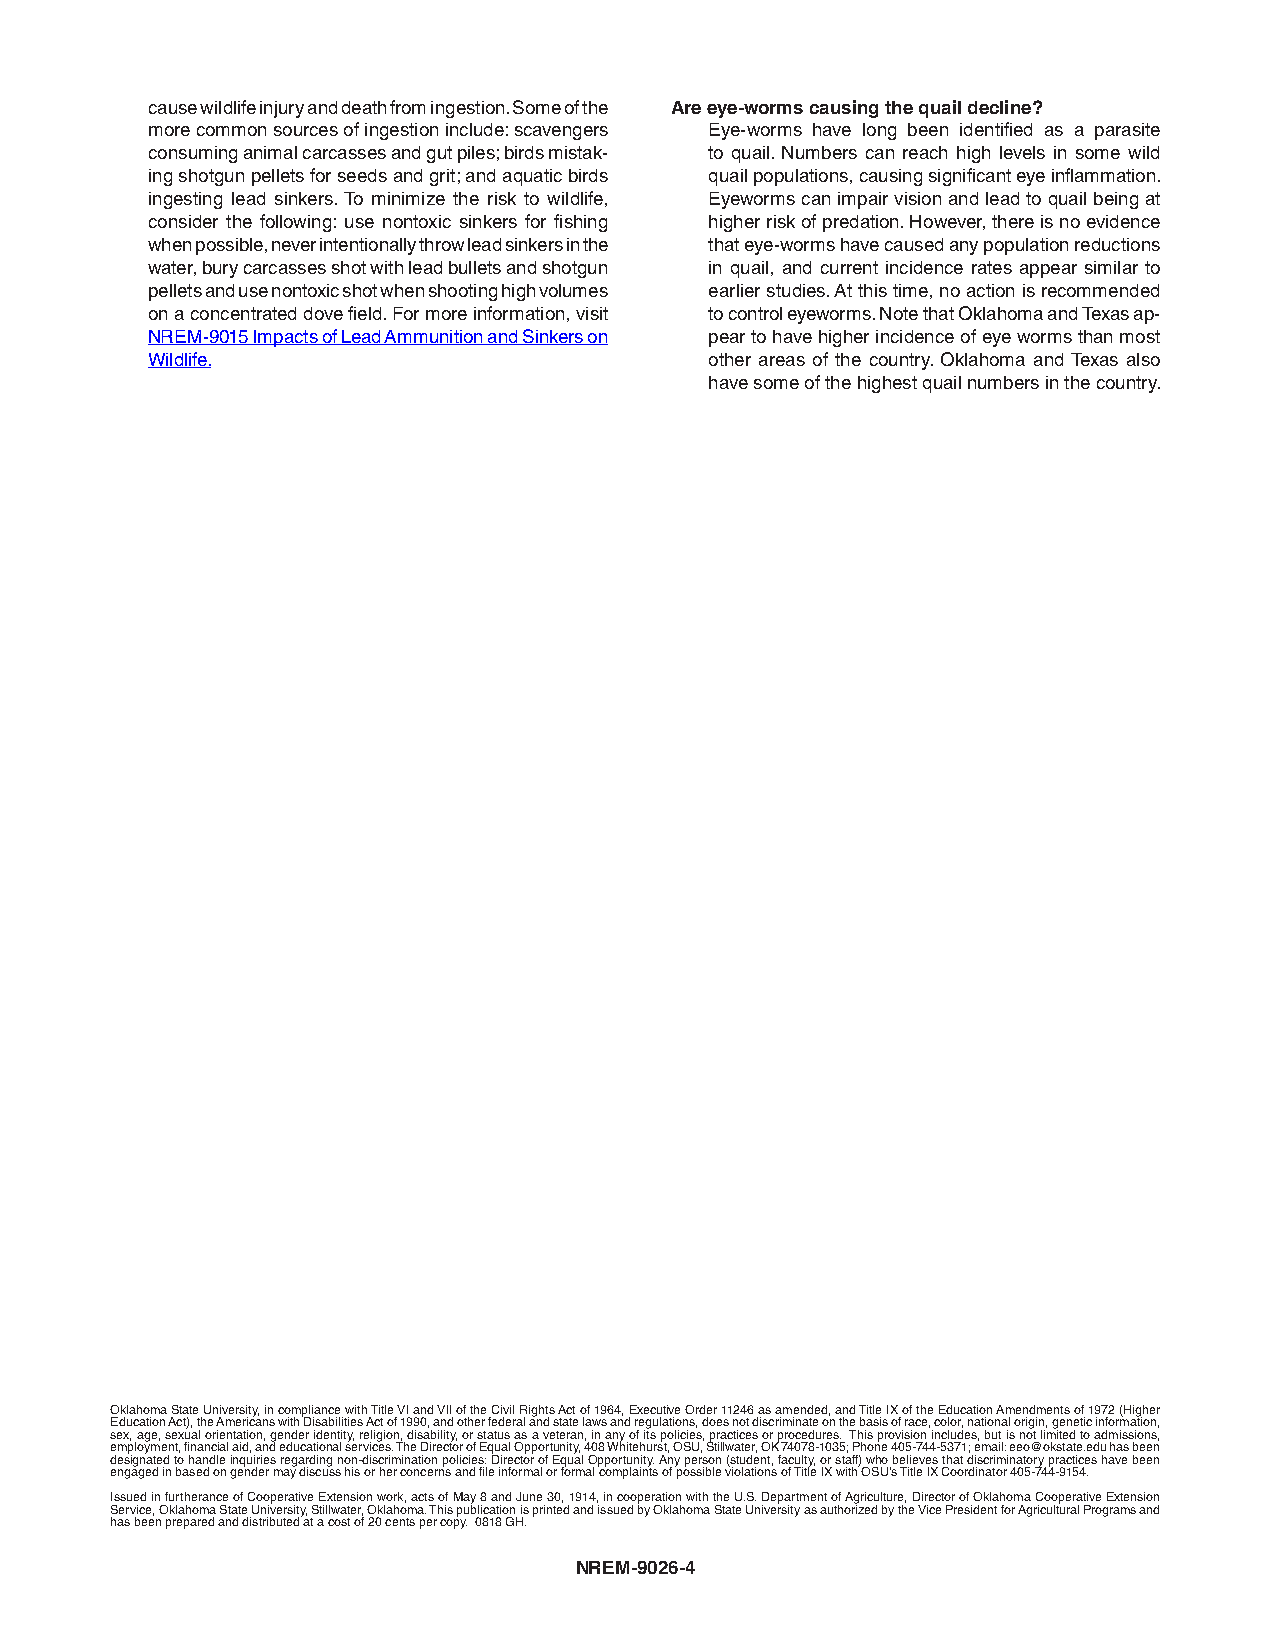
cause wildlife injury and death from ingestion. Some of the Are eye-worms causing the quail decline?
 more common sources of ingestion include: scavengers Eye-worms have long been identified as a parasite
 consuming animal carcasses and gut piles; birds mistak- to quail. Numbers can reach high levels in some wild
 ing shotgun pellets for seeds and grit; and aquatic birds quail populations, causing significant eye inflammation.
 ingesting lead sinkers. To minimize the risk to wildlife, Eyeworms can impair vision and lead to quail being at
 consider the following: use nontoxic sinkers for fishing higher risk of predation. However, there is no evidence
 when possible, never intentionally throw lead sinkers in the that eye-worms have caused any population reductions
 water, bury carcasses shot with lead bullets and shotgun in quail, and current incidence rates appear similar to
 pellets and use nontoxic shot when shooting high volumes earlier studies. At this time, no action is recommended
 on a concentrated dove field. For more information, visit to control eyeworms. Note that Oklahoma and Texas ap-
 NREM-9015 Impacts of Lead Ammunition and Sinkers on pear to have higher incidence of eye worms than most
 Wildlife.                            other areas of the country. Oklahoma and Texas also
 have some of the highest quail numbers in the country.
 Oklahoma State University, in compliance with Title VI and VII of the Civil Rights Act of 1964, Executive Order 11246 as amended, and Title IX of the Education Amendments of 1972 (Higher
 Education Act), the Americans with Disabilities Act of 1990, and other federal and state laws and regulations, does not discriminate on the basis of race, color, national origin, genetic information,
 sex, age, sexual orientation, gender identity, religion, disability, or status as a veteran, in any of its policies, practices or procedures. This provision includes, but is not limited to admissions,
 employment, financial aid, and educational services. The Director of Equal Opportunity, 408 Whitehurst, OSU, Stillwater, OK 74078-1035; Phone 405-744-5371; email: eeo@okstate.edu has been
 designated to handle inquiries regarding non-discrimination policies: Director of Equal Opportunity. Any person (student, faculty, or staff) who believes that discriminatory practices have been
 engaged in based on gender may discuss his or her concerns and file informal or formal complaints of possible violations of Title IX with OSU’s Title IX Coordinator 405-744-9154.
 Issued in furtherance of Cooperative Extension work, acts of May 8 and June 30, 1914, in cooperation with the U.S. Department of Agriculture, Director of Oklahoma Cooperative Extension
 Service, Oklahoma State University, Stillwater, Oklahoma. This publication is printed and issued by Oklahoma State University as authorized by the Vice President for Agricultural Programs and
 has been prepared and distributed at a cost of 20 cents per copy. 0818 GH.
 NREM-9026-4